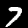
Digit: 7